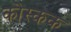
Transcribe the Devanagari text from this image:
कोस्कक